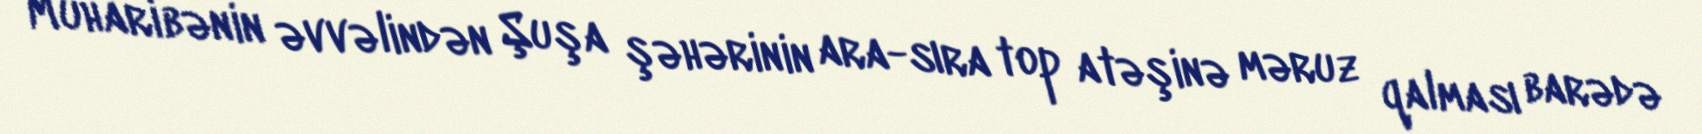
Müharibənin əvvəlindən Şuşa şəhərinin ara-sıra top atəşinə məruz qalması barədə